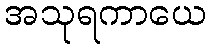
အသုရကာယေ